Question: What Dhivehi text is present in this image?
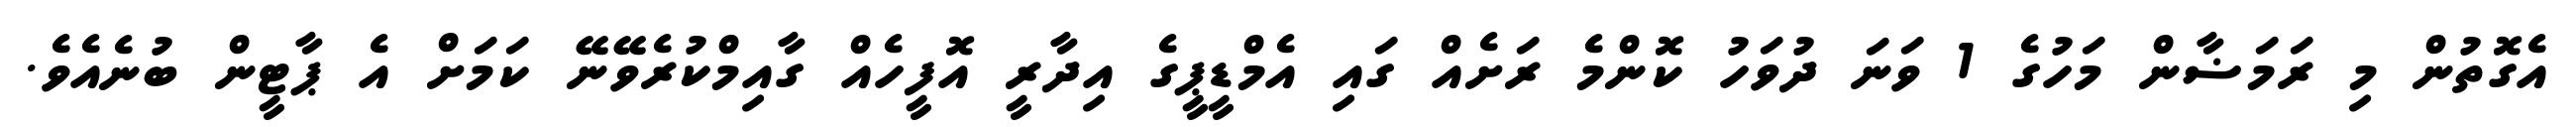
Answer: އެގޮތުން މި ރަމަޟާން މަހުގެ 1 ވަނަ ދުވަހު ކޮންމެ ރަށެއް ގައި އެމްޑީޕީގެ އިދާރީ އޮފީހެއް ގާއިމްކުރެވޭނޭ ކަމަށް އެ ޕާޓީން ބުނެއެވެ.